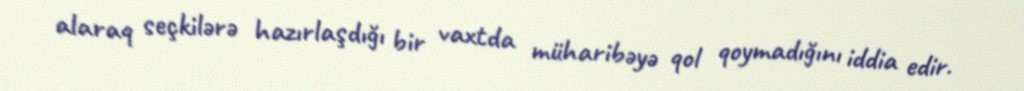
alaraq seçkilərə hazırlaşdığı bir vaxtda müharibəyə qol qoymadığını iddia edir.